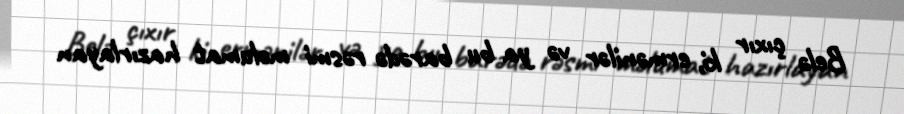
Belə çıxır ki, ermənilər və ya bu barədə rəsmi məlumat hazırlayan